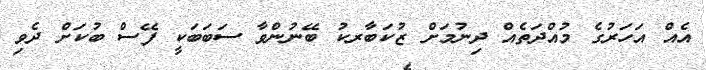
އެއް އަހަރުގެ މުއްދަތެއް ދިނުމަށް ޒުކަބާރކު ބޭނުންވާ ސަބަބަކީ ފޭސް ބުކަށް ދެވި